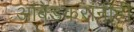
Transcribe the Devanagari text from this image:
आंबेडकरांनीही